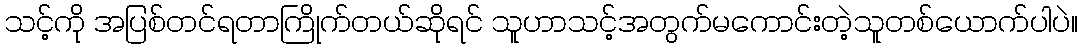
သင့်ကို အပြစ်တင်ရတာကြိုက်တယ်ဆိုရင် သူဟာသင့်အတွက်မကောင်းတဲ့သူတစ်ယောက်ပါပဲ။